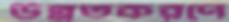
উন্নতকরণে